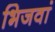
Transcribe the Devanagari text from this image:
भिजवां